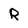
Character: Q